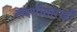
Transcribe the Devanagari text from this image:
लक्ष्मीसारखी